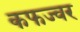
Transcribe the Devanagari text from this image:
कफज्वर